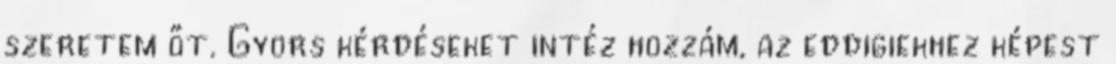
szeretem őt. Gyors kérdéseket intéz hozzám, az eddigiekhez képest